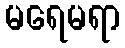
မရေမရာ